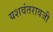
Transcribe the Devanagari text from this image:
यशवंतरावजी